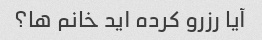
آیا رزرو کرده اید خانم ها؟